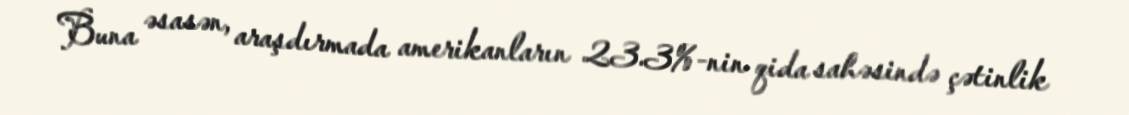
Buna əsasən, araşdırmada amerikanların 23.3%-nin qida sahəsində çətinlik